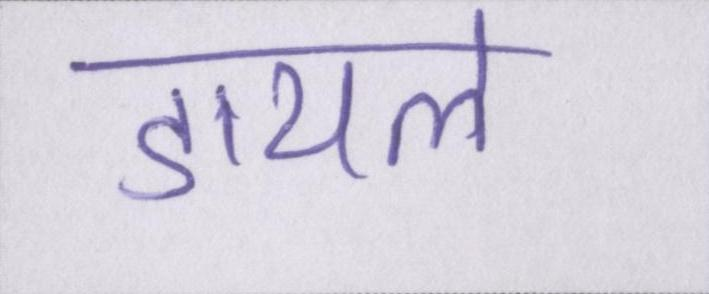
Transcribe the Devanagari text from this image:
डायल